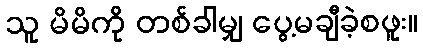
သူ မိမိကို တစ်ခါမျှ ပွေ့မချီခဲ့စဖူး။